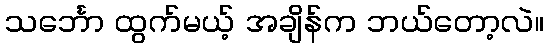
သင်္ဘော ထွက်မယ့် အချိန်က ဘယ်တော့လဲ။